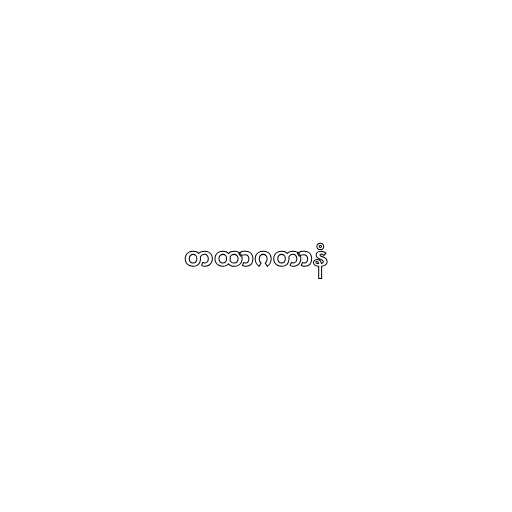
တထာဂတာနံ